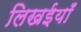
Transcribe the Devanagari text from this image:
लिखईयाँ